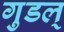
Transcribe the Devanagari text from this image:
गुडल्